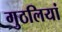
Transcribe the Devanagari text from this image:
गुठलियां